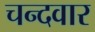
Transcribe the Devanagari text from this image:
चन्दवार